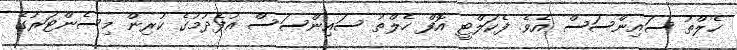
ހެލްތު ސައިންސަސް އެވެ. ފެކަލްޓީ އޮފް ހެލްތު ސައިންސަސް އުފެދުމުގެ ކުރިން މިސެންޓަރުގެ